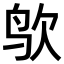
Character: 𪉁